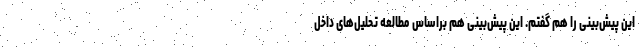
این پیش‌بینی را هم گفتم. این پیش‌بینی هم براساس مطالعه تحلیل‌های داخل